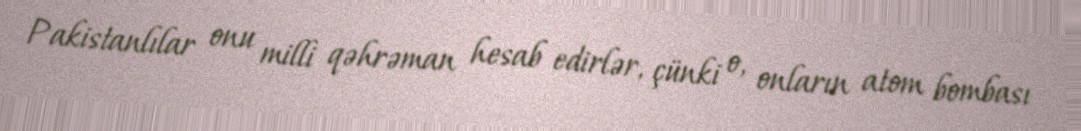
Pakistanlılar onu milli qəhrəman hesab edirlər, çünki o, onların atom bombası